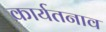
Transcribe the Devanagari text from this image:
कार्यतनाव